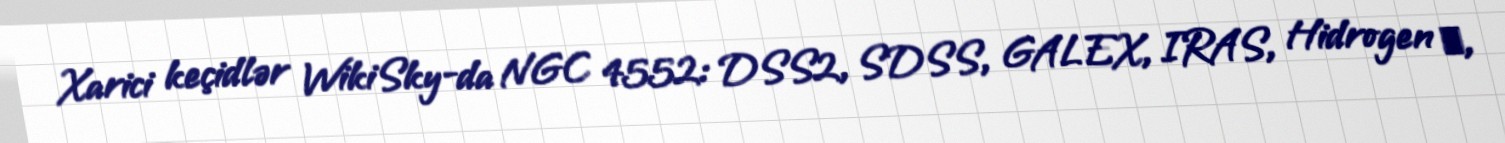
Xarici keçidlər WikiSky-da NGC 4552: DSS2, SDSS, GALEX, IRAS, Hidrogen α,